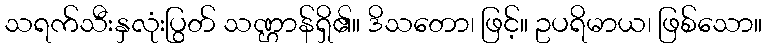
သရက်သီးနှလုံးပြွတ် သဏ္ဌာန်ရှိ၏။ ဒိသတော၊ ဖြင့်။ ဥပရိမာယ၊ ဖြစ်သော။